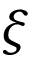
\xi